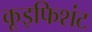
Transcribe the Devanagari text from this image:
कूइफिशंट